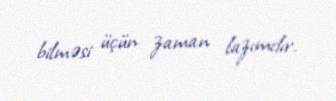
bilməsi üçün zaman lazımdır.